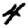
Digit: 4